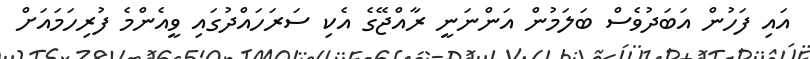
އައި ފަހުން އަބަދުވެސް ބަލަމުން އަންނަނީ ރާއްޖޭގެ އެކި ސަރަހައްދުގައި ވީއެންމެ ފުރިހަމައަށް